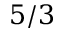
5 / 3